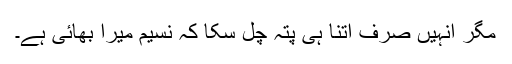
مگر انہیں صرف اتنا ہی پتہ چل سکا کہ نسیم میرا بھائی ہے۔